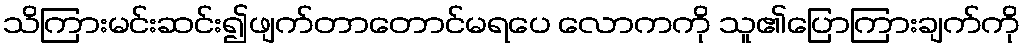
သိကြားမင်းဆင်း၍ဖျက်တာတောင်မရပေ လောကကို သူ၏ပြောကြားချက်ကို